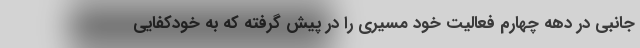
جانبی در دهه چهارم فعالیت خود مسیری را در پیش گرفته که به خودکفایی